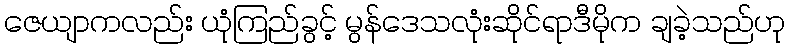
ဇေယျာကလည်း ယုံကြည်ခွင့် မွန်ဒေသလုံးဆိုင်ရာဒီမိုက ချခဲ့သည်ဟု